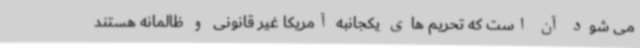
می شود آن است که تحریم های یکجانبه آمریکا غیر قانونی و ظالمانه هستند